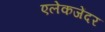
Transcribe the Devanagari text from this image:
एलेकजेंदर